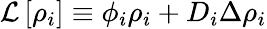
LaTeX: \mathcal{L}\left[\rho_{i}\right]\equiv\phi_{i}\rho_{i}+D_{i}\Delta\rho_{i}